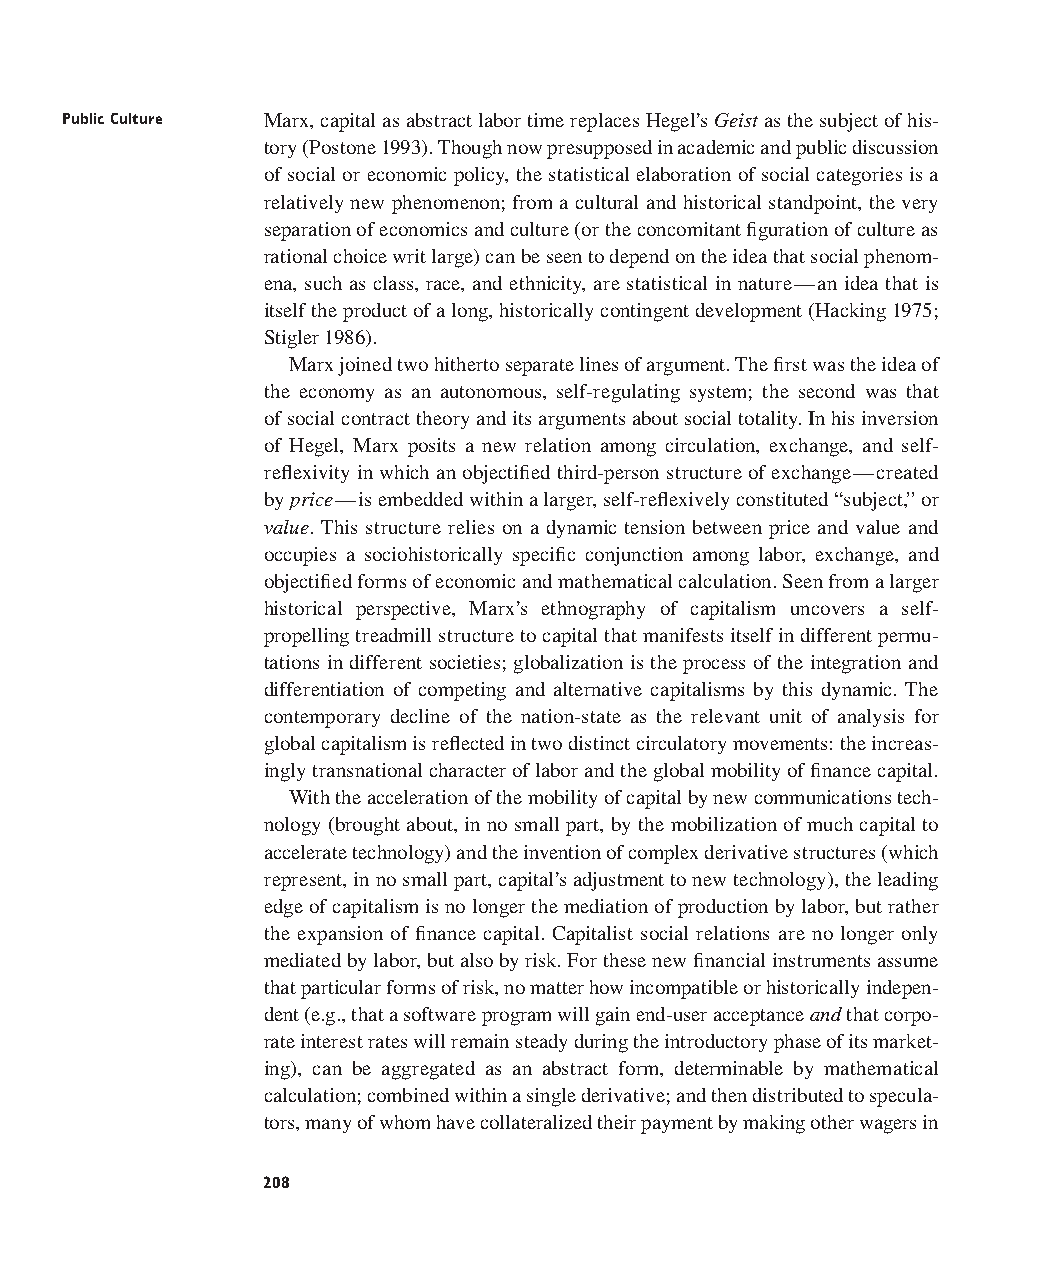
Public Culture Marx, capital as abstract labor time replaces Hegel’s Geistas the subject of his-
 tory (Postone 1993). Though now presupposed in academic and public discussion
 of social or economic policy, the statistical elaboration of social categories is a
 relatively new phenomenon; from a cultural and historical standpoint, the very
 separation of economics and culture (or the concomitant figuration of culture as
 rational choice writ large) can be seen to depend on the idea that social phenom-
 ena, such as class, race, and ethnicity, are statistical in nature—an idea that is
 itself the product of a long, historically contingent development (Hacking 1975;
 Stigler 1986).
 Marx joined two hitherto separate lines of argument. The first was the idea of
 the economy as an autonomous, self-regulating system; the second was that
 of social contract theory and its arguments about social totality. In his inversion
 of Hegel, Marx posits a new relation among circulation, exchange, and self-
 reflexivity in which an objectified third-person structure of exchange—created
 by price—is embedded within a larger, self-reflexively constituted “subject,” or
 value. This structure relies on a dynamic tension between price and value and
 occupies a sociohistorically specific conjunction among labor, exchange, and
 objectified forms of economic and mathematical calculation. Seen from a larger
 historical perspective, Marx’s ethnography of capitalism uncovers a self-
 propelling treadmill structure to capital that manifests itself in different permu-
 tations in different societies; globalization is the process of the integration and
 differentiation of competing and alternative capitalisms by this dynamic. The
 contemporary decline of the nation-state as the relevant unit of analysis for
 global capitalism is reflected in two distinct circulatory movements: the increas-
 ingly transnational character of labor and the global mobility of finance capital.
 With the acceleration of the mobility of capital by new communications tech-
 nology (brought about, in no small part, by the mobilization of much capital to
 accelerate technology) and the invention of complex derivative structures (which
 represent, in no small part, capital’s adjustment to new technology), the leading
 edge of capitalism is no longer the mediation of production by labor, but rather
 the expansion of finance capital. Capitalist social relations are no longer only
 mediated by labor, but also by risk. For these new financial instruments assume
 that particular forms of risk, no matter how incompatible or historically indepen-
 dent (e.g., that a software program will gain end-user acceptance andthat corpo-
 rate interest rates will remain steady during the introductory phase of its market-
 ing), can be aggregated as an abstract form, determinable by mathematical
 calculation; combined within a single derivative; and then distributed to specula-
 tors, many of whom have collateralized their payment by making other wagers in
 208